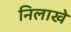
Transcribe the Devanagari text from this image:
निलाखे